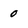
Character: 0